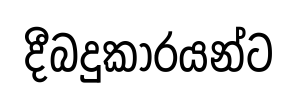
දීබදුකාරයන්ට